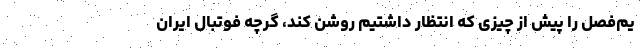
یم‌فصل را پیش از چیزی که انتظار داشتیم روشن کند، گرچه فوتبال ایران